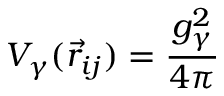
V _ { \gamma } ( \vec { r } _ { i j } ) = \frac { g _ { \gamma } ^ { 2 } } { 4 \pi }